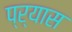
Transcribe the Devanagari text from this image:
प्र्यास